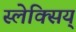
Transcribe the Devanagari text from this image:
स्लेक्सिय्